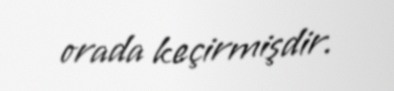
orada keçirmişdir.